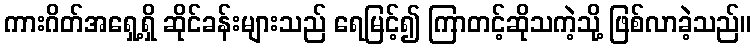
ကားဂိတ်အရှေ့ရှိ ဆိုင်ခန်းများသည် ရေမြင့်၍ ကြာတင့်ဆိုသကဲ့သို့ ဖြစ်လာခဲ့သည်။